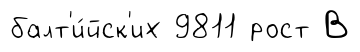
балт'и́йск'их 9811 рост В